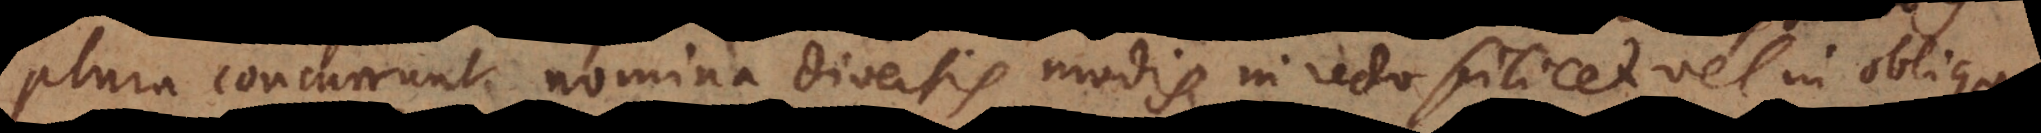
plura concurrunt nomina diversis modis in recto scilicet vel in obliquo,